Insane asylums in Bengal annual reports 1867-1875 - 1867-1875
Year: 1867
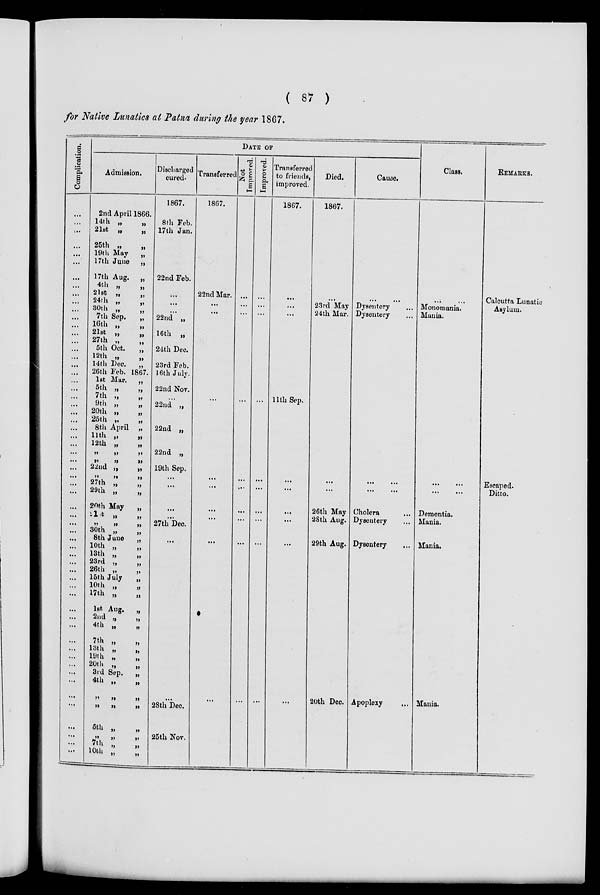
( 87 )
for Native Lunatics at Patna during the year 1867.
Complication.
...
...
...
...
...
...
...
...
...
...
...
...
...
...
...
...
...
...
...
...
...
...
...
...
...
...
...
...
...
...
...
...
...
...
...
...
...
...
...
...
...
...
...
...
...
...
...
...
...
...
...
...
...
...
...
...
...
...
...
...
...
DATE OF
Admission.
2nd April 1866.
14th „
„
21st „
„
25th „
„
19th May
„
17th June
„
17th Aug.
„
4th „
„
21st „
„
24th „
„
30th „ „
7th Sep.
„
16th „
„
21st „
„
27th „
„
5th Oct.
„
12th „ „
14th Dec.
„
26th Feb. 1867.
1st Mar.
„
5th „
„
7th „
„
9th „
„
20th „
„
25th „
„
8th April „
11th „
„
12th „
„
„ „ „
„ „ „
22nd „
„
„ „ „
27th „ „
29th „ „
20th May
„
21st „ „
„ „ „
30th „
8th June
„
10th „ „
13th „ „
23rd „
„
26th „
„
15th July
„
10th „
„
17th „
„
1st Aug.
„
2nd „
„
4th „
„
7th „
„
13th „ „
19th „
„
20th „ „
3rd Sep.
„
4th „ „
„ „ „
„ „ „
5th „ „
„ „ „
7th „ „
10th „ „
Discharged
cured.
1867.
8th Feb.
17th Jan.
22nd Feb.
...
...
...
22nd „
16th „
24th Dec.
23rd Feb.
16th July.
22nd Nov.
...
22nd „
22nd „
22nd „
19th Sep.
...
...
...
...
27th Dec.
...
...
28th Dec.
25th Nov.
Transferred
1867.
22nd Mar.
...
...
...
...
...
...
...
...
...
Not
Improved.
...
...
...
...
...
...
...
...
...
...
Improved.
...
...
...
...
...
...
...
...
...
...
Transferred
to friends,
improved.
1867.
...
...
...
11th Sep.
...
...
...
. ..
...
...
Died.
1867.
...
23rd May
24th Mar.
...
...
26th May
28th Aug.
29th Aug.
20th Dec.
Cause.
...
...
Dysentery ...
Dysentery ...
... ...
... ...
Cholera...
Dysentery...
Dysentery...
Apoplexy...
Class.
...
...
Monomania.
Mania.
...
...
...
...
Dementia.
Mania.
Mania.
Mania.
REMARKS.
Calcutta Lunatic
Asylum.
Escaped.
Ditto.